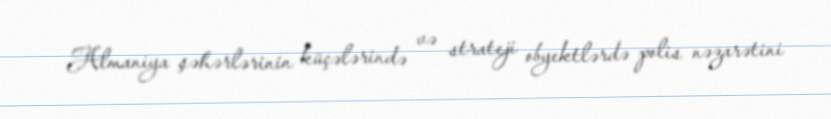
Almaniya şəhərlərinin küçələrində və strateji obyektlərdə polis nəzarətini